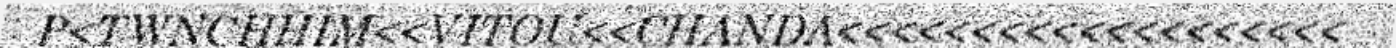
P<TWNCHHIM<<VITOU<<CHANDA<<<<<<<<<<<<<<<<<<<